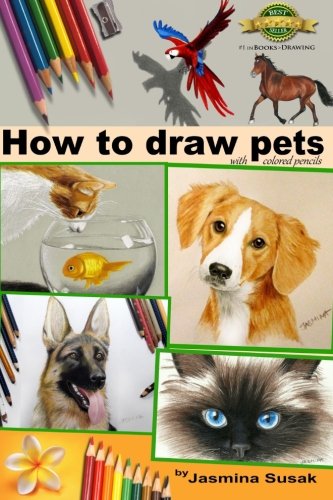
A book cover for How to draw Pets: with colored pencils; Jasmina Susak; Arts & Photography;